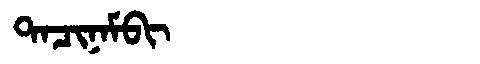
Manchu: ᡨᠠᠴᡳᠨᠠᠮᠪᡳ
Romanization: TACINAMBI